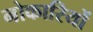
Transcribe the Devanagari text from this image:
नोकारियों